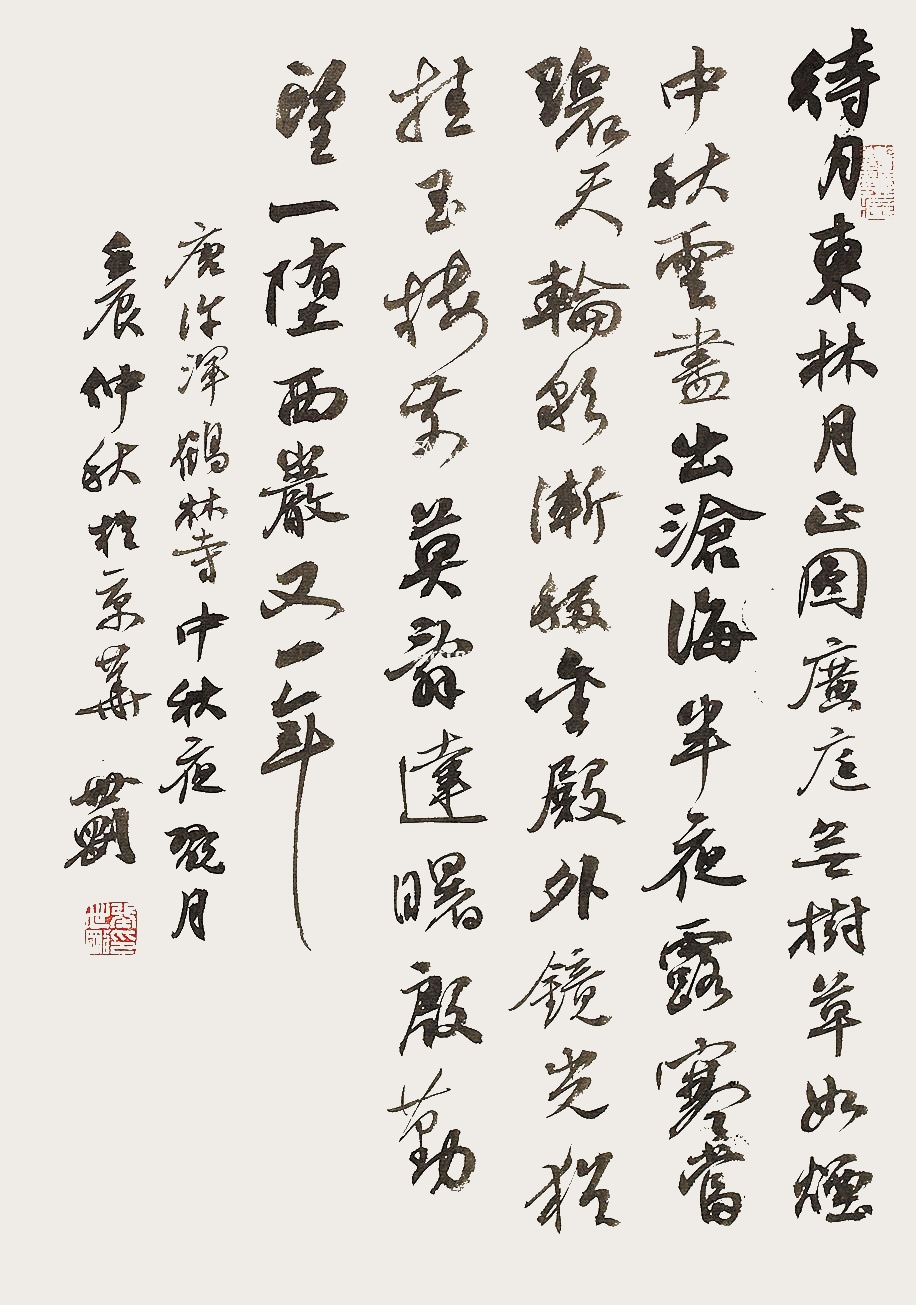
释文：待月东林月正圆，广庭无树草无烟。中秋云尽出沧海，半夜露寒当碧天。轮彩渐移金殿外，镜光犹挂玉楼前。莫辞达曙殷勤望，一堕西岩又一年。唐许浑鹤林寺中秋夜玩月。壬辰仲秋于京华。世刚。